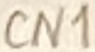
Text: CN1